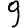
Digit: 9